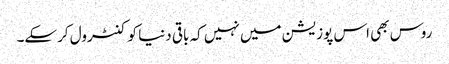
روس بھی اس پوزیشن میں نہیں کہ باقی دنیا کو کنٹرول کرسکے۔